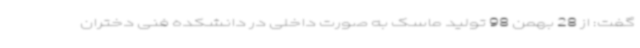
گفت: از 28 بهمن 98 تولید ماسک به صورت داخلی در دانشکده فنی دختران